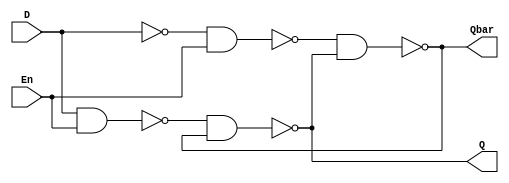
`timescale 1ns / 1ps
//////////////////////////////////////////////////////////////////////////////////
// Company: 
// Engineer: 
// 
// Design Name: 
// Module Name: dff
// Project Name: 
// Target Devices: 
// Tool Versions: 
// Description: 
// 
// Dependencies: 
// 
// Revision:
// Revision 0.01 - File Created
// Additional Comments:
// 
//////////////////////////////////////////////////////////////////////////////////


module dff(
    input D,
    input En,
    output Q,
    output Qbar
    );
  
 wire Dn, W1, W2; 
 
 not n1(Dn, D);
 
 nand n2(W1, D, En);
 nand n3(W2, Dn, En);
 
 nand n4(Q, W1, Qbar);
 nand n5(Qbar, W2, Q);
 
 
endmodule